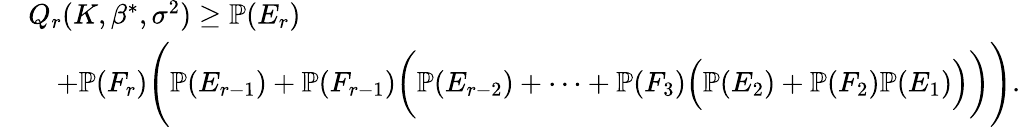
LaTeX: \begin{array}{rl}&{Q_{r}(K,\beta^{*},\sigma^{2})\geq\mathbb{P}(E_{r})}\\ &{\quad+\mathbb{P}(F_{r})\Bigg(\mathbb{P}(E_{r-1})+\mathbb{P}(F_{r-1})\bigg(\mathbb{P}(E_{r-2})+\cdots+\mathbb{P}(F_{3})\Big(\mathbb{P}(E_{2})+\mathbb{P}(F_{2})\mathbb{P}(E_{1})\Big)\bigg)\Bigg).}\end{array}